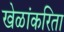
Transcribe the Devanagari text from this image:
खेळांकरिता